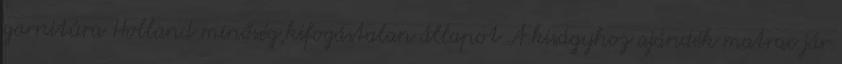
garnitúra Holland minőség,kifogástalan állapot A kiságyhoz ajándék matrac jár